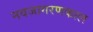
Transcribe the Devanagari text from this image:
नवजागरणकाल